Report on vaccination in Madras 1895-1903 - 1895-1903
Year: 1895
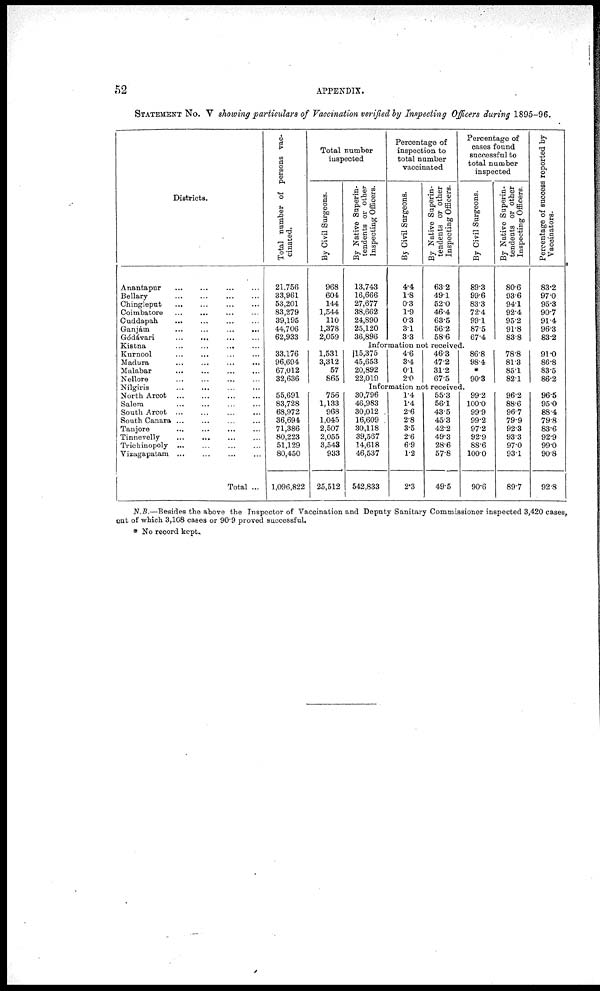
52
APPENDIX.
STATEMENT No. V showing particulars of Vaccination verified by Inspecting Officers during 1895-96.
Districts.
Anantapur ... ... ... ...
Bellary
...
...
...
...
Chingleput
...
...
...
...
Coimbatore ... ... ... ...
Cuddapah
...
...
...
...
Ganjám
...
...
...
...
Gódávari ... ... ... ...
Kistna
...
...
...
...
Kurnool
...
...
...
...
Madura ... ... ... ...
Malabar
...
...
...
...
Nellore ... ... ... ...
Nilgiris ... ... ... ...
North Arcot
...
...
...
...
Salem ... ... ... ...
South Arcot ... ... ... ...
South Canara ... ... ... ...
Tanjore
...
...
...
...
Tinnevelly ... ... ... ...
Trichinopoly
...
...
...
...
Vizagapatam ... ... ... ...
Total ...
Total number of persons vac-
cinated.
21,756
33,961
53,201
83,279
39,195
44,706
62,933
Total number
inspected
By Civil Surgeons.
968
604
144
1,544
110
1,378
2,059
By Native Superin-
tendents or other
Inspecting Officers.
13,743
16,666
27,677
38,662
24,890
25,120
36,896
Percentage of
inspection to
total number
vaccinated
By Civil Surgeons.
4.4
1.8
0.3
1.9
0.3
3.1
3.3
By Native Superin-
tendents or other
Inspecting Officers.
63.2
49.1
52.0
46.4
63.5
56.2
58.6
Percentage of
cases found
successful to
total number
inspected
By Civil Surgeons.
89.3
99.6
83.3
72.4
99.1
87.5
67.4
By Native Superin-
tendents or other
Inspecting Officers.
80.6
93.6
94.1
92.4
95.2
91.8
83.8
Percentage of success reported by
Vaccinators.
83.2
97.0
95.3
90.7
91.4
96.3
83.2
Information not received.
33,176
96,694
67,012
32,636
1,531
3,312
57
865
15,375
45,653
20,892
22,019
4.6
3.4
0.1
2.0
46.3
47.2
31.2
67.5
86.8
98.4
*
90.3
78.8
81.3
85.1
82.1
91.0
86.8
83.5
86.2
Information not received.
55,691
83,728
68,972
36,694
71,386
80,223
51,129
80,450
1,096,822
756
1,133
968
1,045
2,507
2,055
3,543
933
25,512
30,796
46,983
30,012
16,609
30,118
39,567
14,618
46,537
542,833
1.4
1.4
2.6
2.8
3.5
2.6
6.9
1.2
2.3
55.3
56.1
43.5
45.3
42.2
49.3
28.6
57.8
49.5
99.2
100.0
99.9
99.2
97.2
92.9
88.6
100.0
90.6
96.2
88.6
96.7
79.9
92.3
93.3
97.0
93.1
89.7
96.5
95.0
88.4
79.8
83.6
92.9
99.0
90.8
92.8
N.B.—Besides the above the Inspector of Vaccination and Deputy Sanitary Commissioner inspected 3,420 cases,
out of which 3,108 cases or 90.9 proved successful.
* No record kept.